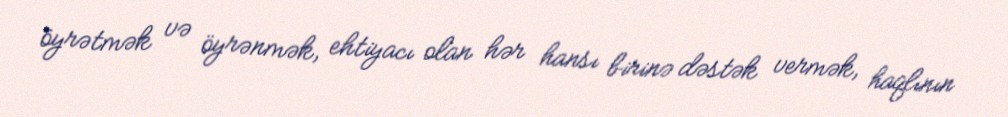
öyrətmək və öyrənmək, ehtiyacı olan hər hansı birinə dəstək vermək, haqlının